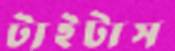
টাইটাস